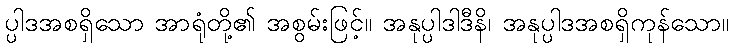
ပ္ပါဒအစရှိသော အာရုံတို့၏ အစွမ်းဖြင့်။ အနုပ္ပါဒါဒီနိ၊ အနုပ္ပါဒအစရှိကုန်သော။